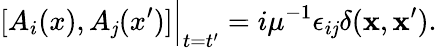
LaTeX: [A_{i}(x),A_{\mathit{j}}(x^{\prime})]\Big|_{t=t^{\prime}}=i\mu^{-1}\epsilon_{i\mathit{j}}\delta({\mathbf{x}},{\mathbf{x}^{\prime}}).